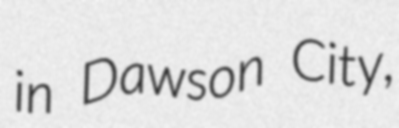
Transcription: in Dawson City,